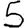
Digit: 5